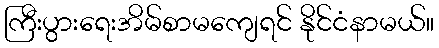
ကြီးပွားရေးအိမ်စာမကျေရင် နိုင်ငံနာမယ်။